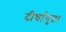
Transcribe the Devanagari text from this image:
दीर्घायुता